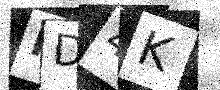
Text: MD4K